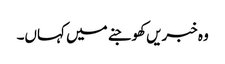
وہ خبریں کھوجنے میں کہاں۔